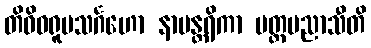
တိဝိဓရူပသင်္ဂဟော နာမန္တရိကာ မတ္တမညာသီတိ